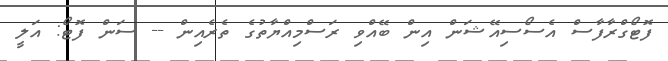
ފޮޓޯގްރާފާސް އެސޯސިއޭޝަން އިން ބޭއްވި ރަސްމިއްޔާތުގެ ތެރެއިން -- ސަން ފޮޓޯ: އަލީ